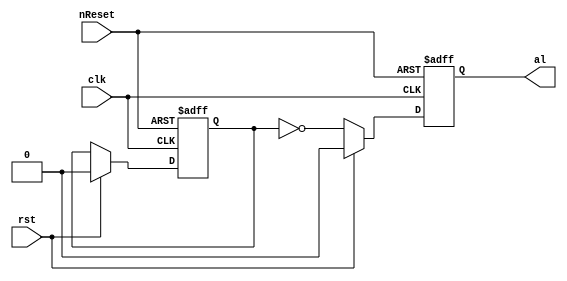
module i2c_test01(clk, rst, nReset, al);

	input clk, rst, nReset;
	output reg al;

	reg cmd_stop;
	always @(posedge clk or negedge nReset)
	  if (~nReset)
	    cmd_stop <= #1 1'b0;
	  else if (rst)
	    cmd_stop <= #1 1'b0;

	always @(posedge clk or negedge nReset)
	  if (~nReset)
	    al <= #1 1'b0;
	  else if (rst)
	    al <= #1 1'b0;
	  else
	    al <= #1 ~cmd_stop;

endmodule